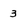
Character: 3